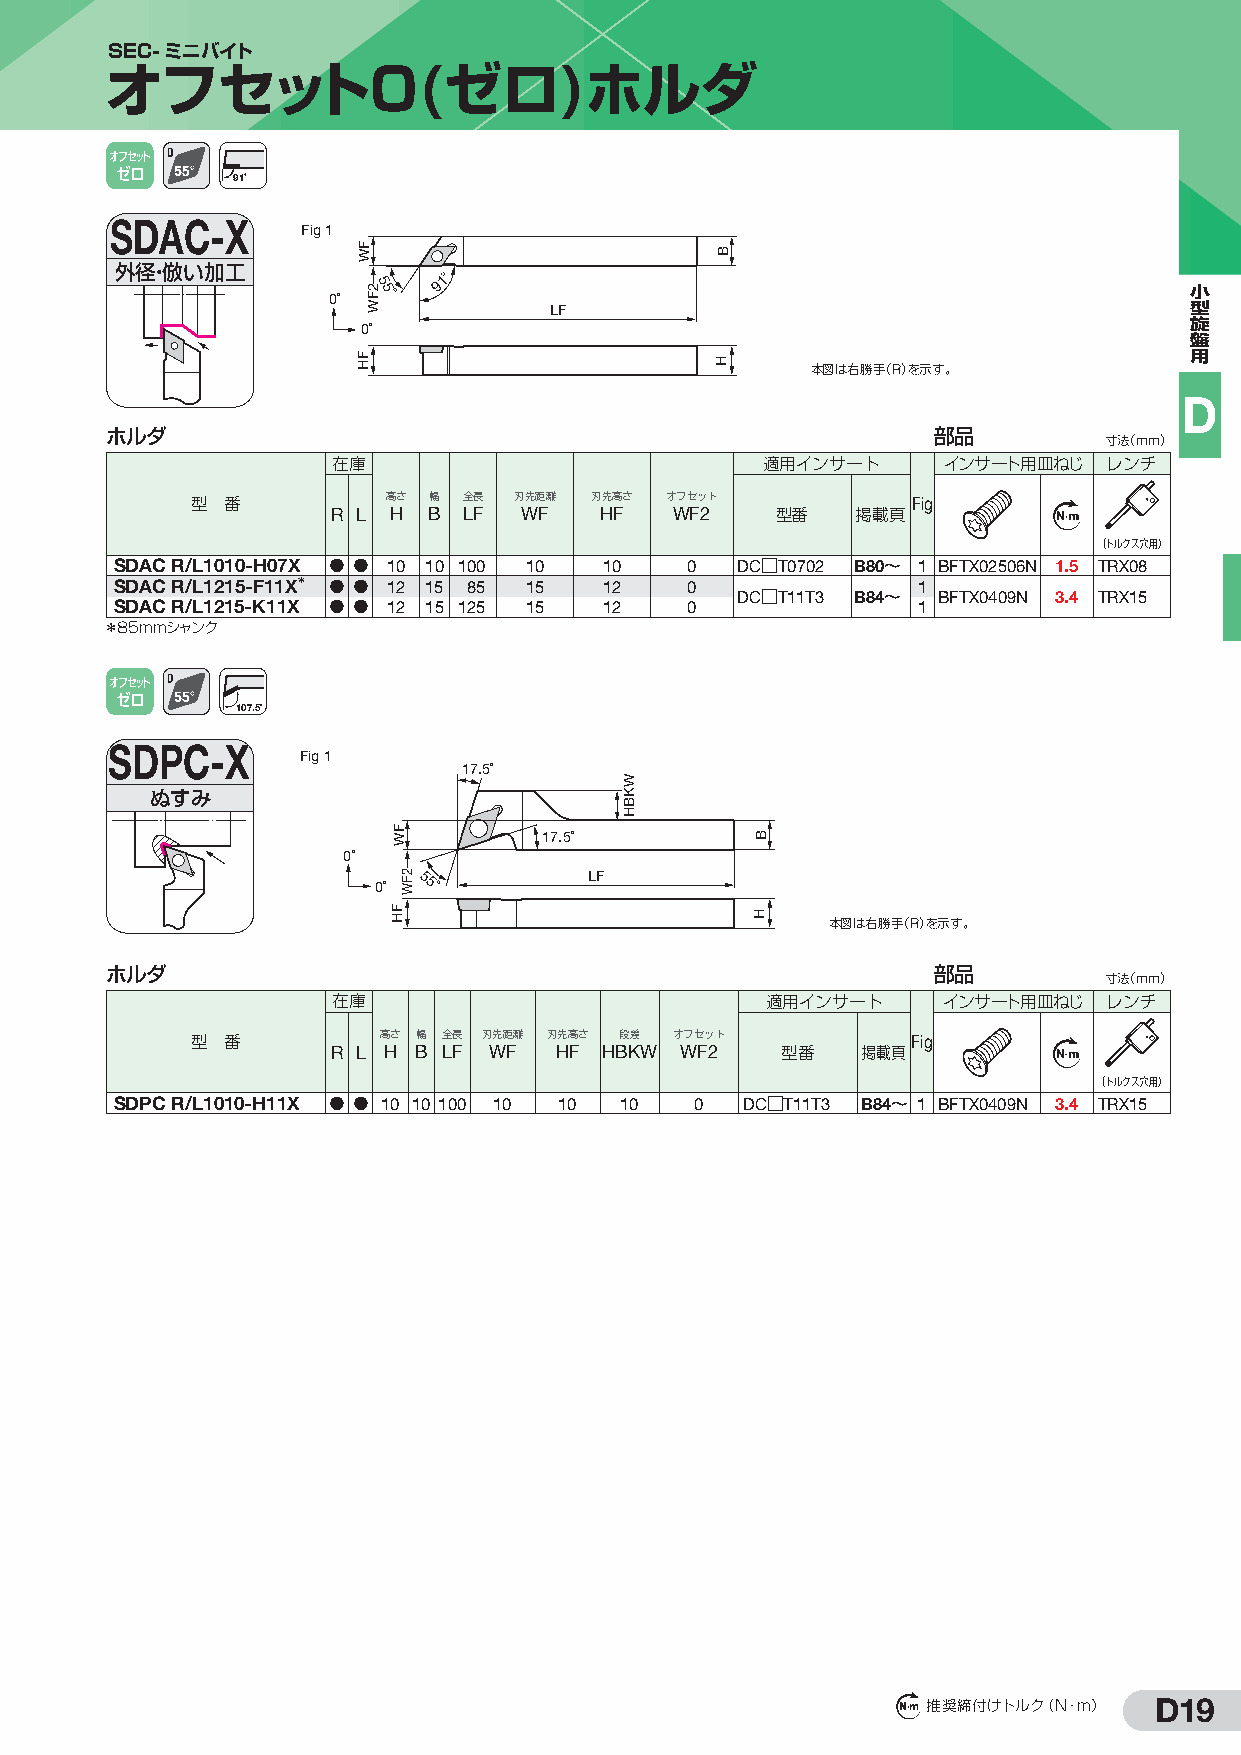
SEC-ミニバイト
 オフセット0(ゼロ)ホルダ
 オフセット
 ゼロ     91˚
 SDAC-X
 Fig 1
 外径・倣い加工
 0˚ 5 5˚
 91˚
 小
 LF                                         型
 0˚                                                     旋
 盤
 用
 本図は右勝手（R）を示す。
 D
 ホルダ                                                    部品
 寸法（mm）
 在庫                           適用インサート    インサート用皿ねじ  レンチ
 型 番      R L 高 Hさ B幅 全 LF長 刃 W先距 F離 刃 H先高 Fさ オ Wフセ Fッ 2ト 型番 掲載頁Fig N m
 （トルクス穴用）
 SDAC R/L1010-H07X D D 10 10 100 10 10 0  DC□T0702 B80〜 1 BFTX02506N 1.5 TRX08
 S SD DA AC
 C
 R R/ /L L1 12 21 15 5- -F K1 11 1X X＊ D
 D
 D
 D
 1 12
 2
 1 15
 5
 18 25
 5
 1 15
 5
 1 12
 2
 0
 0
 DC□T11T3 B84〜 11 BFTX0409N 3.4 TRX15
 ＊85mmシャンク
 オフセット
 ゼロ
 107.5˚
 SDPC-X
 Fig 1
 17.5˚
 ぬすみ
 17.5˚
 0˚
 0˚ 55˚        LF
 本図は右勝手（R）を示す。
 ホルダ                                                    部品
 寸法（mm）
 在庫                           適用インサート    インサート用皿ねじ  レンチ
 型 番      R L 高 Hさ B幅 全 LF長 刃 W先距 F離 刃 H先高 Fさ HB段 K差 W オ Wフセ Fッ 2ト 型番 掲載頁Fig N m
 （トルクス穴用）
 SDPC R/L1010-H11X D D 10 10 100 10 10 10 0 DC□T11T3 B84〜 1 BFTX0409N 3.4 TRX15
 D19
 N m 推奨締付けトルク（N・m）
 FW
 FH
 2FW
 FW
 FH
 2FW
 WKBH
 B
 H
 B
 H